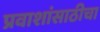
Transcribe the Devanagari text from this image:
प्रवाशांसाठीचा